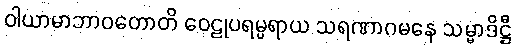
ဝါယာမာဘာဝတောတိ ဝေဠုပရမ္ပရာယ သရဏာဂမနေ သမ္မာဒိဋ္ဌီ